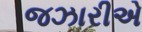
જઝારીએ